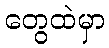
တွေထဲမှာ